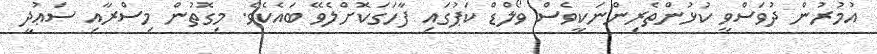
އުމުރުން ދުވަސްވީ ކުޅުންތެރިންނަކީވެސް ވޯލްޑް ކަޕުގައި ފާހަގަކޮށްލެވޭ ބައެކެވެ. މިގޮތުން މިސްރާއި ސަޢުދީ